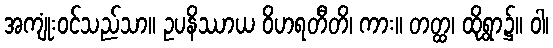
အကျုံးဝင်သည်သာ။ ဥပနိဿာယ ဝိဟရတီတိ၊ ကား။ တတ္ထ၊ ထိုရွာ၌။ ဝါ၊